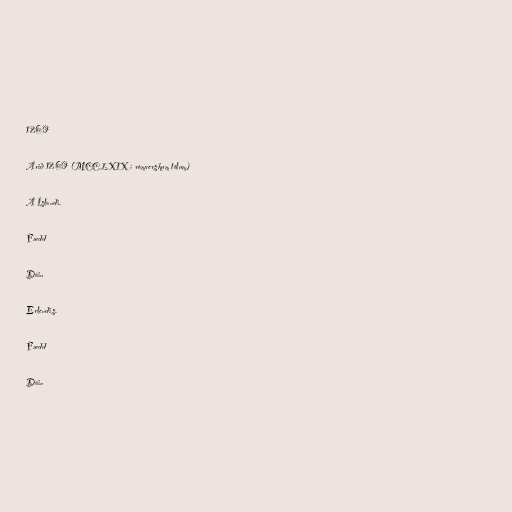
1269

Árið 1269 (MCCLXIX í rómverskum tölum)

Á Íslandi.

Fædd

Dáin

Erlendis.

Fædd

Dáin